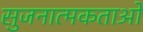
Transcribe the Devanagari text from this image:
सुजनात्मकताओं